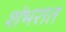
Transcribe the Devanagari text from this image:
शंभरात